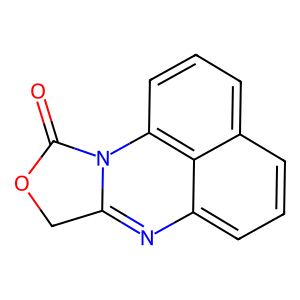
SMILES: O=C1OCc2nc3cccc4cccc(c43)n21
Inhibits HIV replication: No